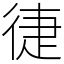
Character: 徢